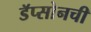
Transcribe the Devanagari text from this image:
डॅप्सोनची